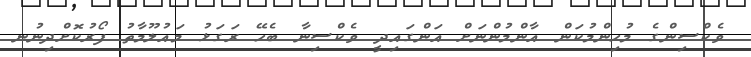
ވެކްސިންގެ މުހިންމުކަން އާންމުންނަށް އަންގައިދީ ވެކްސިނާ ބެހޭ ރަގަޅު މައުލޫމާތު ފޯރުކޮށްދިނުނ